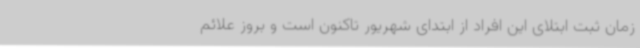
زمان ثبت ابتلای این افراد از ابتدای شهریور تاکنون است و بروز علائم